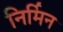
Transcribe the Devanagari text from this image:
निर्मिन